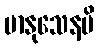
မာနုသေနပိ